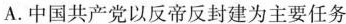
A.中国共产党以反帝反封建为主要任务